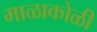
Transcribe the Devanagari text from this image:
माळाकोळी